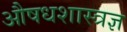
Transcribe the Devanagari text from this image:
औषधशास्त्रज्ञ